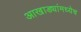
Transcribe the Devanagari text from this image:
आखाड्यांमध्येच